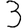
Digit: 3